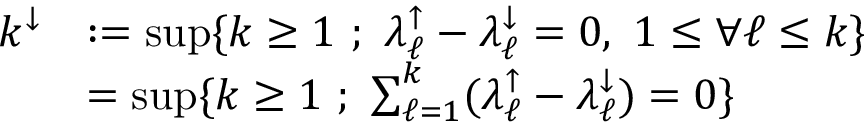
\begin{array} { r l } { k ^ { \downarrow } } & { : = \operatorname* { s u p } \{ k \ge 1 \ ; \ \lambda _ { \ell } ^ { \uparrow } - \lambda _ { \ell } ^ { \downarrow } = 0 , \ 1 \le \forall \ell \le k \} } \\ & { = \operatorname* { s u p } \{ k \ge 1 \ ; \ \sum _ { \ell = 1 } ^ { k } ( \lambda _ { \ell } ^ { \uparrow } - \lambda _ { \ell } ^ { \downarrow } ) = 0 \} } \end{array}